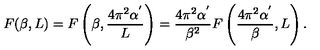
F ( \beta , L ) = F \left( \beta , \frac { 4 \pi ^ { 2 } \alpha ^ { ' } } { L } \right) = \frac { 4 \pi ^ { 2 } \alpha ^ { ' } } { \beta ^ { 2 } } F \left( \frac { 4 \pi ^ { 2 } \alpha ^ { ' } } { \beta } , L \right) .